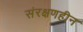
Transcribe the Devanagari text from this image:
संरक्षणहीन